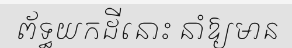
ព័ទ្ធយកដីនោះ នាំឱ្យមាន